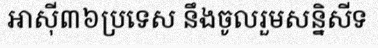
អាស៊ី៣៦ប្រទេស នឹងចូលរួមសន្និសីទ